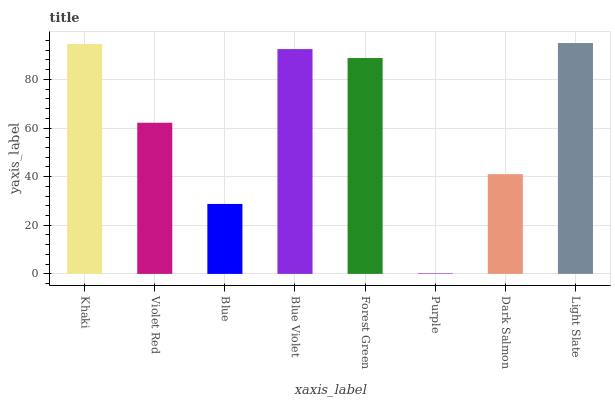
| xaxis_label | bars |
 | --- | --- |
 | Khaki | 94.5 |
 | Violet Red | 62.2 |
 | Blue | 28.8 |
 | Blue Violet | 92.5 |
 | Forest Green | 88.8 |
 | Purple | 0.23 |
 | Dark Salmon | 41 |
 | Light Slate | 94.9 |